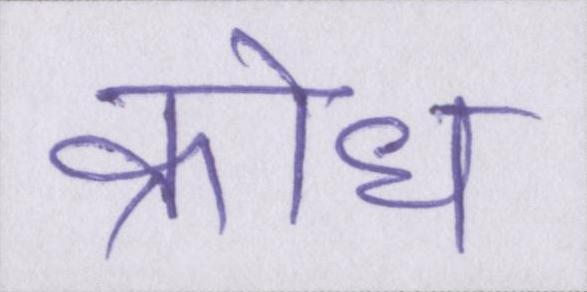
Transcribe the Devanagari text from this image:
क्रोध